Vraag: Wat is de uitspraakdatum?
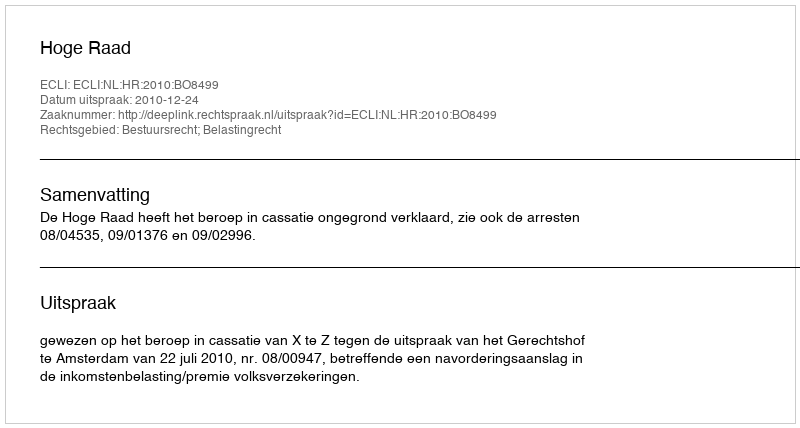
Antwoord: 2010-12-24